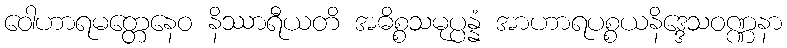
ဝေါဟာရမတ္တေနေဝ နိဿာရီယတိ အဓိစ္စသမုပ္ပန္နံ အာဟာရပစ္စယနိဒ္ဒေသဝဏ္ဏနာ